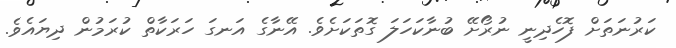
ކަރުނަތަށް ފޮހެދިނީ ނުރޯށޭ ބުނާކަހަލަ ގޮތަކަށެވެ. އޭނާގެ އަނގަ ހަރަކާތް ކުރަމުން ދިޔައެވެ.